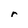
Character: r